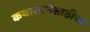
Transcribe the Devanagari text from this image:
कथारचनेसाठीचा